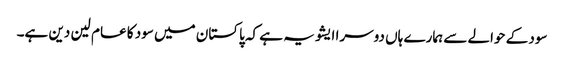
سود کے حوالے سے ہمارے ہاں دوسرا ایشو یہ ہے کہ پاکستان میں سود کا عام لین دین ہے۔